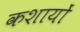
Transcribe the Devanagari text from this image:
कशायों